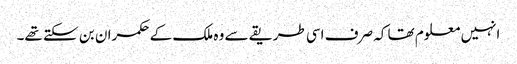
انہیں معلوم تھا کہ صرف اسی طریقے سے وہ ملک کے حکمران بن سکتے تھے۔